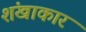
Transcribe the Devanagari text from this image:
शंखाकार